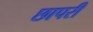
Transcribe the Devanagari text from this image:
छापरी